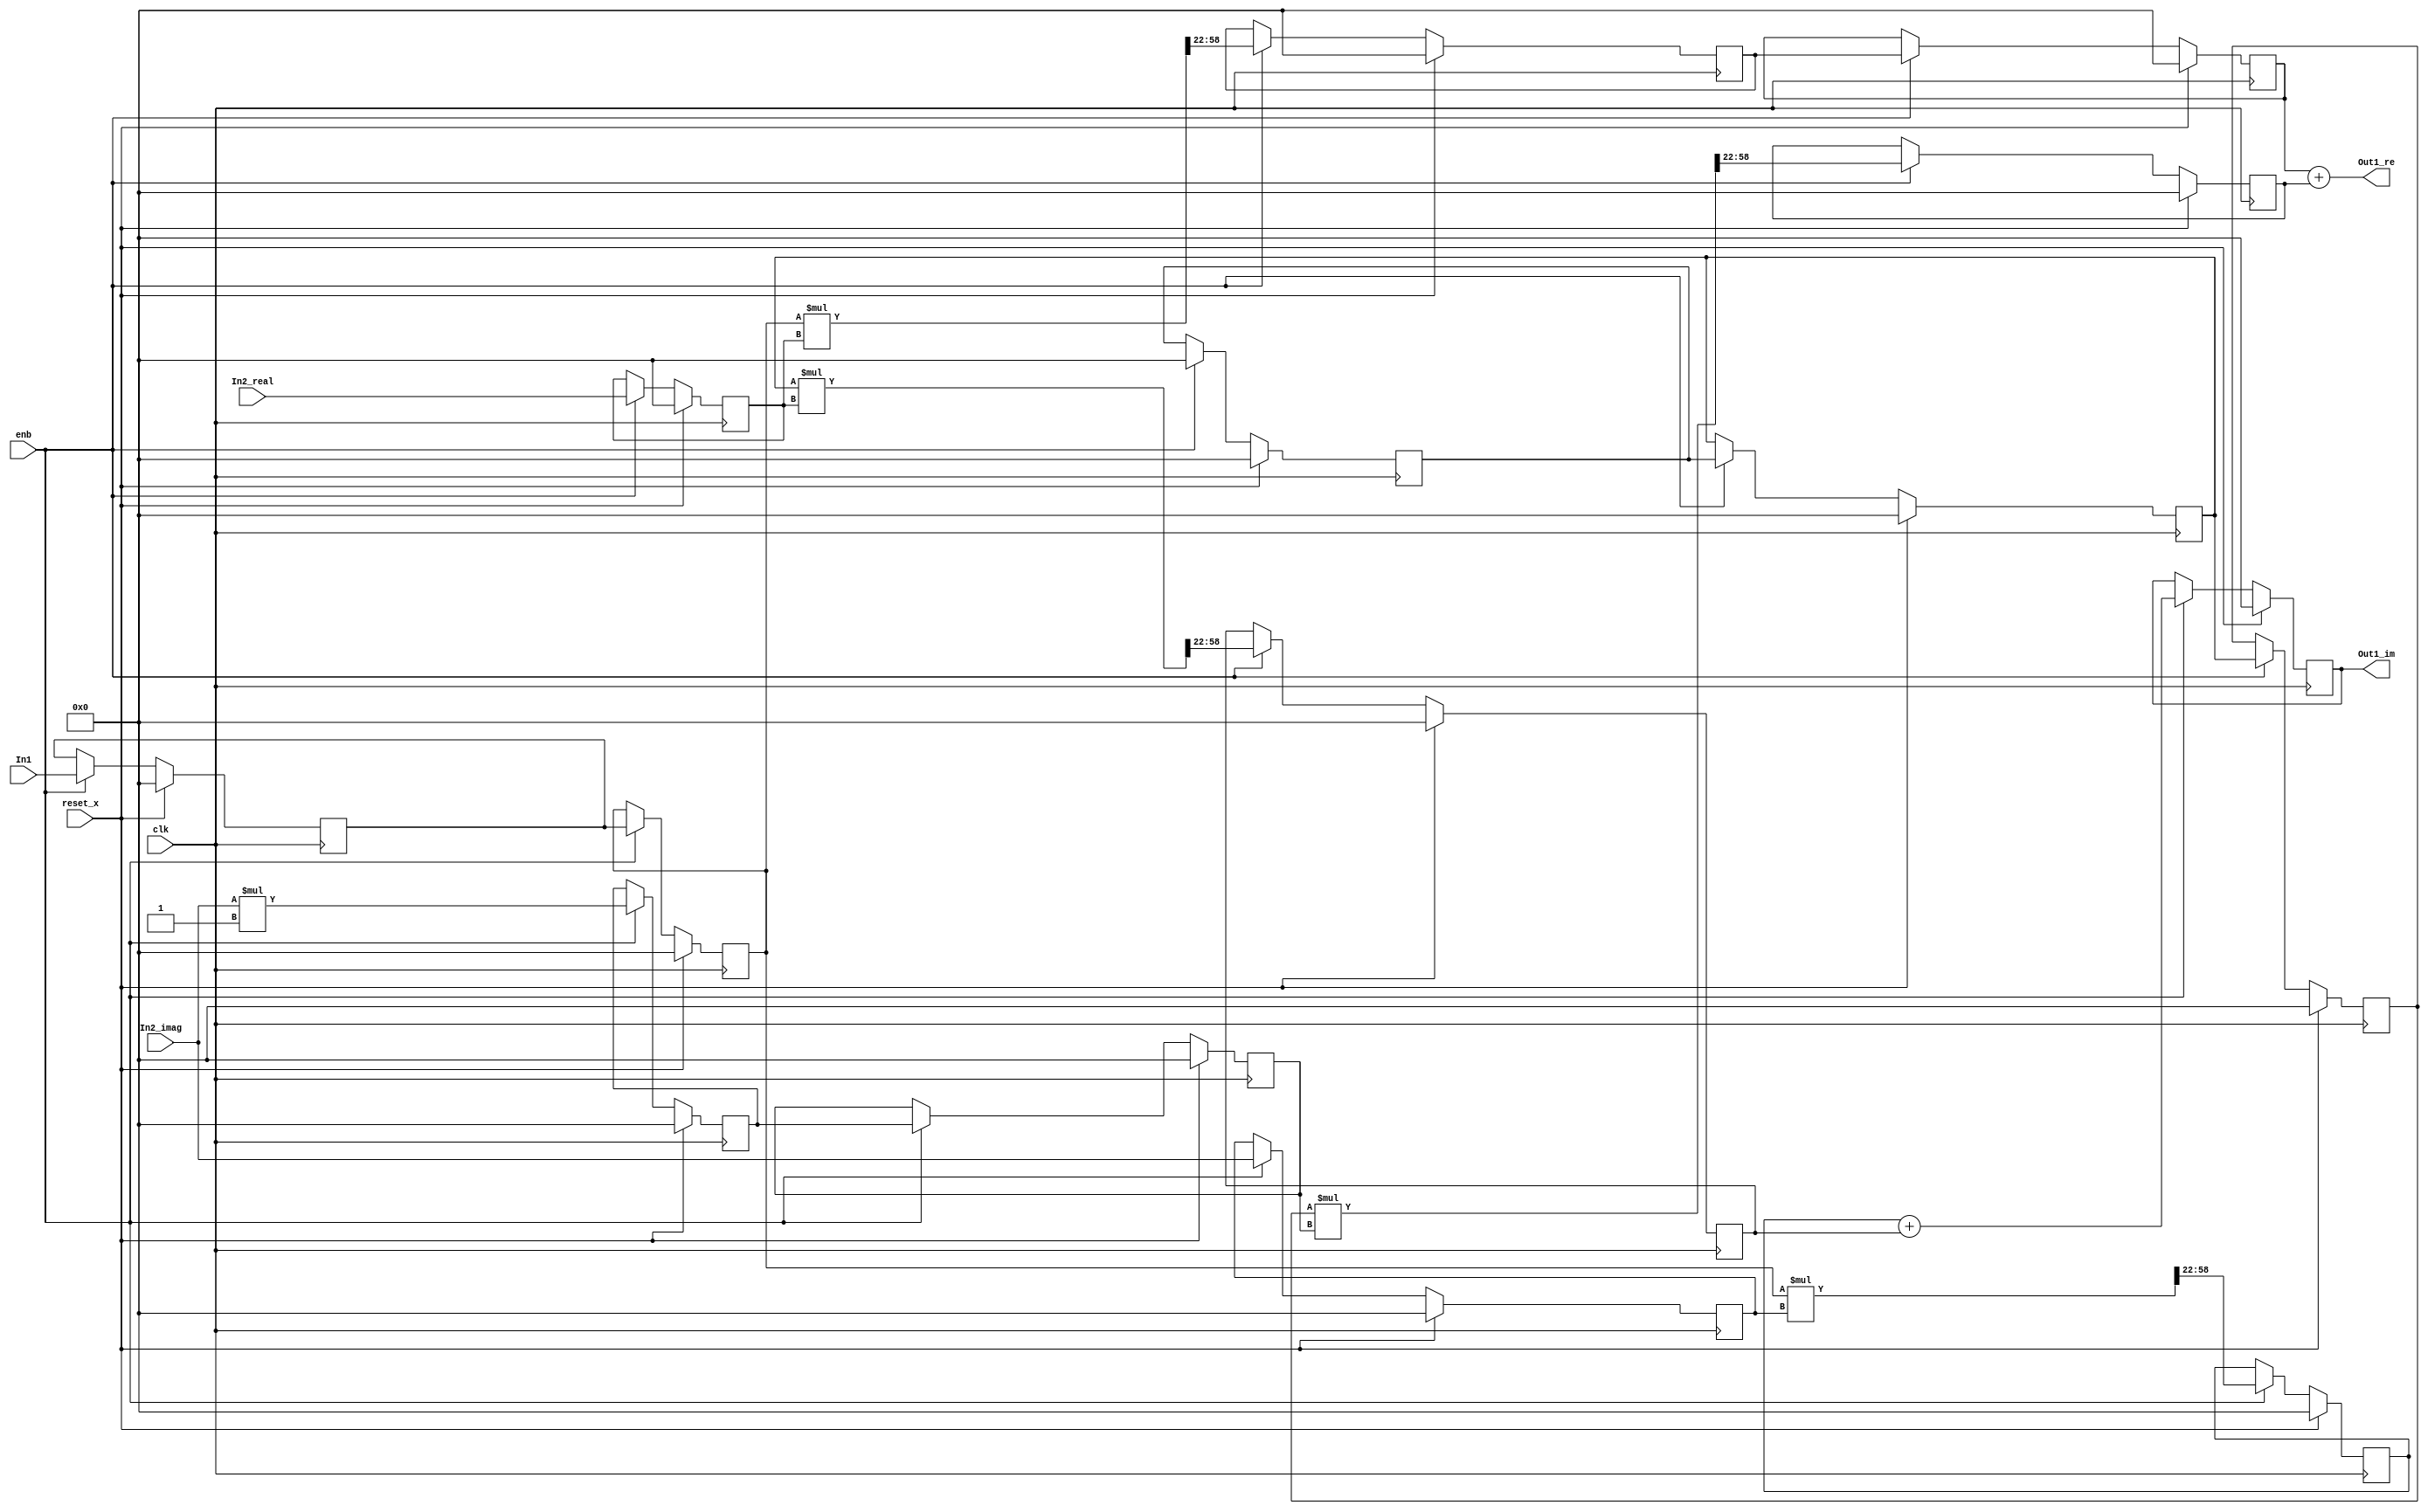
// -------------------------------------------------------------
// 
// 
// Generated by MATLAB 9.8 and HDL Coder 3.16
// 
// -------------------------------------------------------------


// -------------------------------------------------------------
// 
// Module: Complex_multiplication2_block6
// Source Path: newhope_cambios/FDHT/DFT/DFT10 - block/DFT5-row 2/DFT5-5/Complex-multiplication2
// Hierarchy Level: 5
// 
// -------------------------------------------------------------

`timescale 1 ns / 1 ns

module Complex_multiplication2_block6
          (clk,
           reset_x,
           enb,
           In1,
           In2_real,
           In2_imag,
           Out1_re,
           Out1_im);


  input   clk;
  input   reset_x;
  input   enb;
  input   signed [36:0] In1;  // sfix37_En22
  input   signed [36:0] In2_real;  // sfix37_En22
  input   signed [36:0] In2_imag;  // sfix37_En22
  output  signed [36:0] Out1_re;  // sfix37_En22
  output  signed [36:0] Out1_im;  // sfix37_En22


  wire signed [36:0] Complex_to_Real_Imag1_out1;  // sfix37_En22
  wire signed [36:0] Complex_to_Real_Imag1_out2;  // sfix37_En22
  reg signed [36:0] reduced_reg [0:1];  // sfix37 [2]
  wire signed [36:0] reduced_reg_next [0:1];  // sfix37_En22 [2]
  wire signed [36:0] Complex_to_Real_Imag1_out1_1;  // sfix37_En22
  reg signed [36:0] In2_real_1;  // sfix37_En22
  wire signed [73:0] Product_mul_temp;  // sfix74_En44
  wire signed [36:0] Product_out1;  // sfix37_En22
  reg signed [36:0] delayMatch2_reg [0:1];  // sfix37 [2]
  wire signed [36:0] delayMatch2_reg_next [0:1];  // sfix37_En22 [2]
  wire signed [36:0] Product_out1_1;  // sfix37_En22
  reg signed [36:0] reduced_reg_1 [0:1];  // sfix37 [2]
  wire signed [36:0] reduced_reg_next_1 [0:1];  // sfix37_En22 [2]
  wire signed [36:0] Complex_to_Real_Imag1_out2_1;  // sfix37_En22
  reg signed [36:0] Complex_to_Real_Imag1_out2_2;  // sfix37_En22
  wire signed [1:0] Constant_out1;  // sfix2
  wire signed [38:0] Product4_mul_temp;  // sfix39_En22
  wire signed [36:0] Product4_out1;  // sfix37_En22
  reg signed [36:0] HwModeRegister3_reg [0:1];  // sfix37 [2]
  wire signed [36:0] HwModeRegister3_reg_next [0:1];  // sfix37_En22 [2]
  wire signed [36:0] Product4_out1_1;  // sfix37_En22
  wire signed [73:0] Product1_mul_temp;  // sfix74_En44
  wire signed [36:0] Product1_out1;  // sfix37_En22
  reg signed [36:0] Product1_out1_1;  // sfix37_En22
  wire signed [36:0] Sum_out1;  // sfix37_En22
  reg signed [36:0] In2_imag_1;  // sfix37_En22
  wire signed [73:0] Product2_mul_temp;  // sfix74_En44
  wire signed [36:0] Product2_out1;  // sfix37_En22
  reg signed [36:0] Product2_out1_1;  // sfix37_En22
  wire signed [73:0] Product3_mul_temp;  // sfix74_En44
  wire signed [36:0] Product3_out1;  // sfix37_En22
  reg signed [36:0] Product3_out1_1;  // sfix37_En22
  wire signed [36:0] Sum1_out1;  // sfix37_En22
  reg signed [36:0] Sum1_out1_1;  // sfix37_En22


  assign Complex_to_Real_Imag1_out1 = In1;
  assign Complex_to_Real_Imag1_out2 = 37'sh0000000000;



  always @(posedge clk)
    begin : reduced_process
      if (reset_x == 1'b1) begin
        reduced_reg[0] <= 37'sh0000000000;
        reduced_reg[1] <= 37'sh0000000000;
      end
      else begin
        if (enb) begin
          reduced_reg[0] <= reduced_reg_next[0];
          reduced_reg[1] <= reduced_reg_next[1];
        end
      end
    end

  assign Complex_to_Real_Imag1_out1_1 = reduced_reg[1];
  assign reduced_reg_next[0] = Complex_to_Real_Imag1_out1;
  assign reduced_reg_next[1] = reduced_reg[0];



  always @(posedge clk)
    begin : reduced_1_process
      if (reset_x == 1'b1) begin
        In2_real_1 <= 37'sh0000000000;
      end
      else begin
        if (enb) begin
          In2_real_1 <= In2_real;
        end
      end
    end



  assign Product_mul_temp = Complex_to_Real_Imag1_out1_1 * In2_real_1;
  assign Product_out1 = Product_mul_temp[58:22];



  always @(posedge clk)
    begin : delayMatch2_process
      if (reset_x == 1'b1) begin
        delayMatch2_reg[0] <= 37'sh0000000000;
        delayMatch2_reg[1] <= 37'sh0000000000;
      end
      else begin
        if (enb) begin
          delayMatch2_reg[0] <= delayMatch2_reg_next[0];
          delayMatch2_reg[1] <= delayMatch2_reg_next[1];
        end
      end
    end

  assign Product_out1_1 = delayMatch2_reg[1];
  assign delayMatch2_reg_next[0] = Product_out1;
  assign delayMatch2_reg_next[1] = delayMatch2_reg[0];



  always @(posedge clk)
    begin : reduced_2_process
      if (reset_x == 1'b1) begin
        reduced_reg_1[0] <= 37'sh0000000000;
        reduced_reg_1[1] <= 37'sh0000000000;
      end
      else begin
        if (enb) begin
          reduced_reg_1[0] <= reduced_reg_next_1[0];
          reduced_reg_1[1] <= reduced_reg_next_1[1];
        end
      end
    end

  assign Complex_to_Real_Imag1_out2_1 = reduced_reg_1[1];
  assign reduced_reg_next_1[0] = Complex_to_Real_Imag1_out2;
  assign reduced_reg_next_1[1] = reduced_reg_1[0];



  always @(posedge clk)
    begin : reduced_3_process
      if (reset_x == 1'b1) begin
        Complex_to_Real_Imag1_out2_2 <= 37'sh0000000000;
      end
      else begin
        if (enb) begin
          Complex_to_Real_Imag1_out2_2 <= Complex_to_Real_Imag1_out2_1;
        end
      end
    end



  assign Constant_out1 = 2'sb11;



  assign Product4_mul_temp = In2_imag * Constant_out1;
  assign Product4_out1 = Product4_mul_temp[36:0];



  always @(posedge clk)
    begin : HwModeRegister3_process
      if (reset_x == 1'b1) begin
        HwModeRegister3_reg[0] <= 37'sh0000000000;
        HwModeRegister3_reg[1] <= 37'sh0000000000;
      end
      else begin
        if (enb) begin
          HwModeRegister3_reg[0] <= HwModeRegister3_reg_next[0];
          HwModeRegister3_reg[1] <= HwModeRegister3_reg_next[1];
        end
      end
    end

  assign Product4_out1_1 = HwModeRegister3_reg[1];
  assign HwModeRegister3_reg_next[0] = Product4_out1;
  assign HwModeRegister3_reg_next[1] = HwModeRegister3_reg[0];



  assign Product1_mul_temp = Complex_to_Real_Imag1_out2_2 * Product4_out1_1;
  assign Product1_out1 = Product1_mul_temp[58:22];



  always @(posedge clk)
    begin : PipelineRegister1_process
      if (reset_x == 1'b1) begin
        Product1_out1_1 <= 37'sh0000000000;
      end
      else begin
        if (enb) begin
          Product1_out1_1 <= Product1_out1;
        end
      end
    end



  assign Sum_out1 = Product_out1_1 + Product1_out1_1;



  assign Out1_re = Sum_out1;

  always @(posedge clk)
    begin : HwModeRegister5_process
      if (reset_x == 1'b1) begin
        In2_imag_1 <= 37'sh0000000000;
      end
      else begin
        if (enb) begin
          In2_imag_1 <= In2_imag;
        end
      end
    end



  assign Product2_mul_temp = Complex_to_Real_Imag1_out1_1 * In2_imag_1;
  assign Product2_out1 = Product2_mul_temp[58:22];



  always @(posedge clk)
    begin : PipelineRegister2_process
      if (reset_x == 1'b1) begin
        Product2_out1_1 <= 37'sh0000000000;
      end
      else begin
        if (enb) begin
          Product2_out1_1 <= Product2_out1;
        end
      end
    end



  assign Product3_mul_temp = Complex_to_Real_Imag1_out2_1 * In2_real_1;
  assign Product3_out1 = Product3_mul_temp[58:22];



  always @(posedge clk)
    begin : PipelineRegister3_process
      if (reset_x == 1'b1) begin
        Product3_out1_1 <= 37'sh0000000000;
      end
      else begin
        if (enb) begin
          Product3_out1_1 <= Product3_out1;
        end
      end
    end



  assign Sum1_out1 = Product2_out1_1 + Product3_out1_1;



  always @(posedge clk)
    begin : delayMatch5_process
      if (reset_x == 1'b1) begin
        Sum1_out1_1 <= 37'sh0000000000;
      end
      else begin
        if (enb) begin
          Sum1_out1_1 <= Sum1_out1;
        end
      end
    end



  assign Out1_im = Sum1_out1_1;

endmodule  // Complex_multiplication2_block6